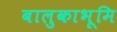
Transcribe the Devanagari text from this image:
बालुकाभूमि